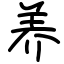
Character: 养